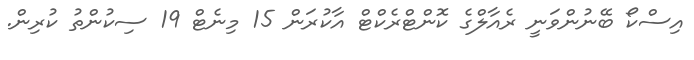
އިސްކޯ ބޭނުންވަނީ ރެއާލްގެ ކޮންޓްރެކްޓް އާކުރަން 15 މިނެޓް 19 ސިކުންތު ކުރިން.